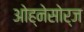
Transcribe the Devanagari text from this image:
ओह्नेसोर्ज